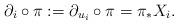
LaTeX: \begin{align*} \partial_i\circ\pi:=\partial_{u_i}\circ\pi=\pi_{*}X_i.\end{align*}